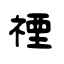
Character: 禋